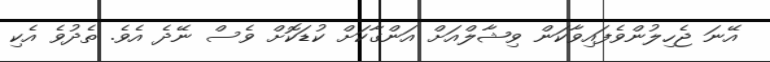
އޭނަ ޖެހިލުންވެފައިވާކަން ވިޝާލްއަށް އަންގާކަށް ކުޑަކޮށް ވެސް ނޭދެ އެވެ. ތެދުވެ އެކި